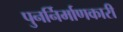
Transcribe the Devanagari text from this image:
पुनर्निर्माणकारी